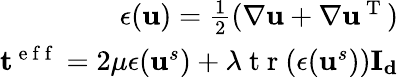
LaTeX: \begin{array}{r}{\mathbf{\epsilon}(\mathbf{u})=\frac{1}{2}(\nabla\mathbf{u}+\nabla\mathbf{u}^{\mathrm{~T~}})}\\ {\mathbf{t}^{\mathrm{~e~f~f~}}=2\mu\mathbf{\epsilon}(\mathbf{u}^{s})+\lambda\mathrm{~t~r~}(\mathbf{\epsilon}(\mathbf{u}^{s}))\mathbf{I_{d}}}\end{array}